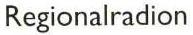
Regionalradion